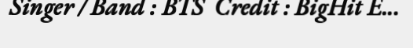
Singer / Band : BTS  Credit : BigHit E...